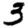
Digit: 3